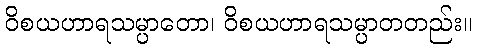
ဝိစယဟာရသမ္ပာတော၊ ဝိစယဟာရသမ္ပာတတည်း။